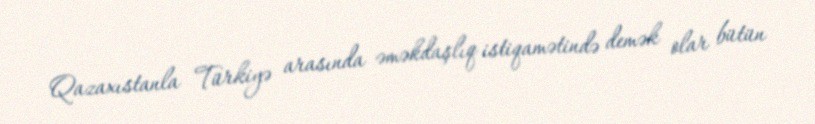
Qazaxıstanla Türkiyə arasında əməkdaşlıq istiqamətində demək olar bütün